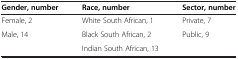
| Gender, number | Race, number | Sector, number |
 | --- | --- | --- |
 | Female, 2 | White South African, 1 | Private, 7 |
 | Male, 14 | Black South African, 2 | Public, 9 |
 |  | Indian South African, 13 |  |